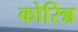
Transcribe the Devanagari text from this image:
कोरिन्न